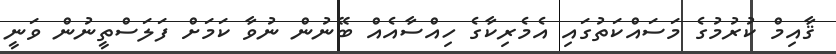
ޤާއިމް ކުރުމުގެ މަސައްކަތުގައި އެމެރިކާގެ ހިއްސާއެއް ބޭނުން ނުވާ ކަމަށް ފަލަސްތީނުން ވަނީ